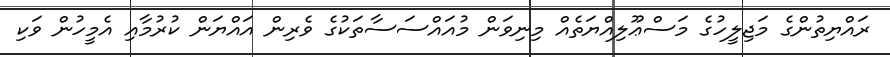
ރައްޔިތުންގެ މަޖިލީހުގެ މަސްޢޫލިއްޔަތެއް މިނިވަން މުއައްސަސާތަކުގެ ވެރިން އައްޔަން ކުރުމާއި އެމީހުން ވަކި